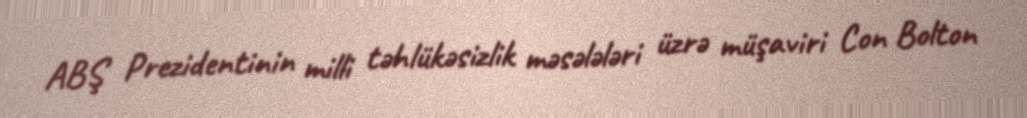
ABŞ Prezidentinin milli təhlükəsizlik məsələləri üzrə müşaviri Con Bolton